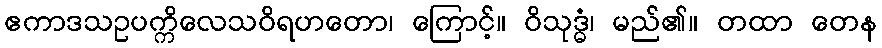
ဧကာဒသဥပက္ကိလေသဝိရဟတော၊ ကြောင့်။ ဝိသုဒ္ဓံ၊ မည်၏။ တထာ တေန